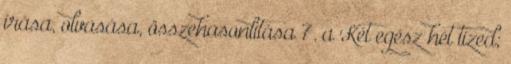
írása, olvasása, összehasonlítása 7. a Két egész hét tized;